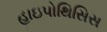
હાઇપોથિસિસ